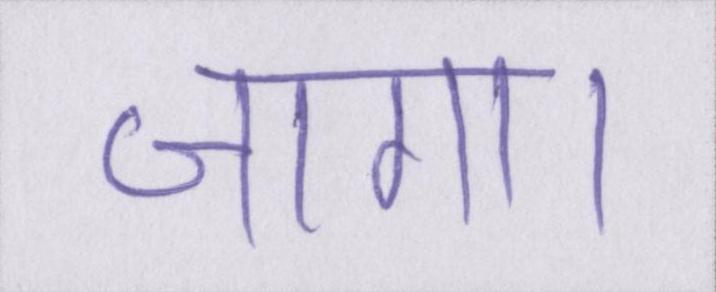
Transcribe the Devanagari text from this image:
जागा।